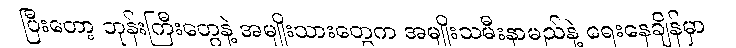
ပြီးတော့ ဘုန်းကြီးတွေနဲ့ အမျိုးသားတွေက အမျိုးသမီးနာမည်နဲ့ ရေးနေချိန်မှာ